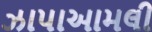
ઝાપાઆમલી